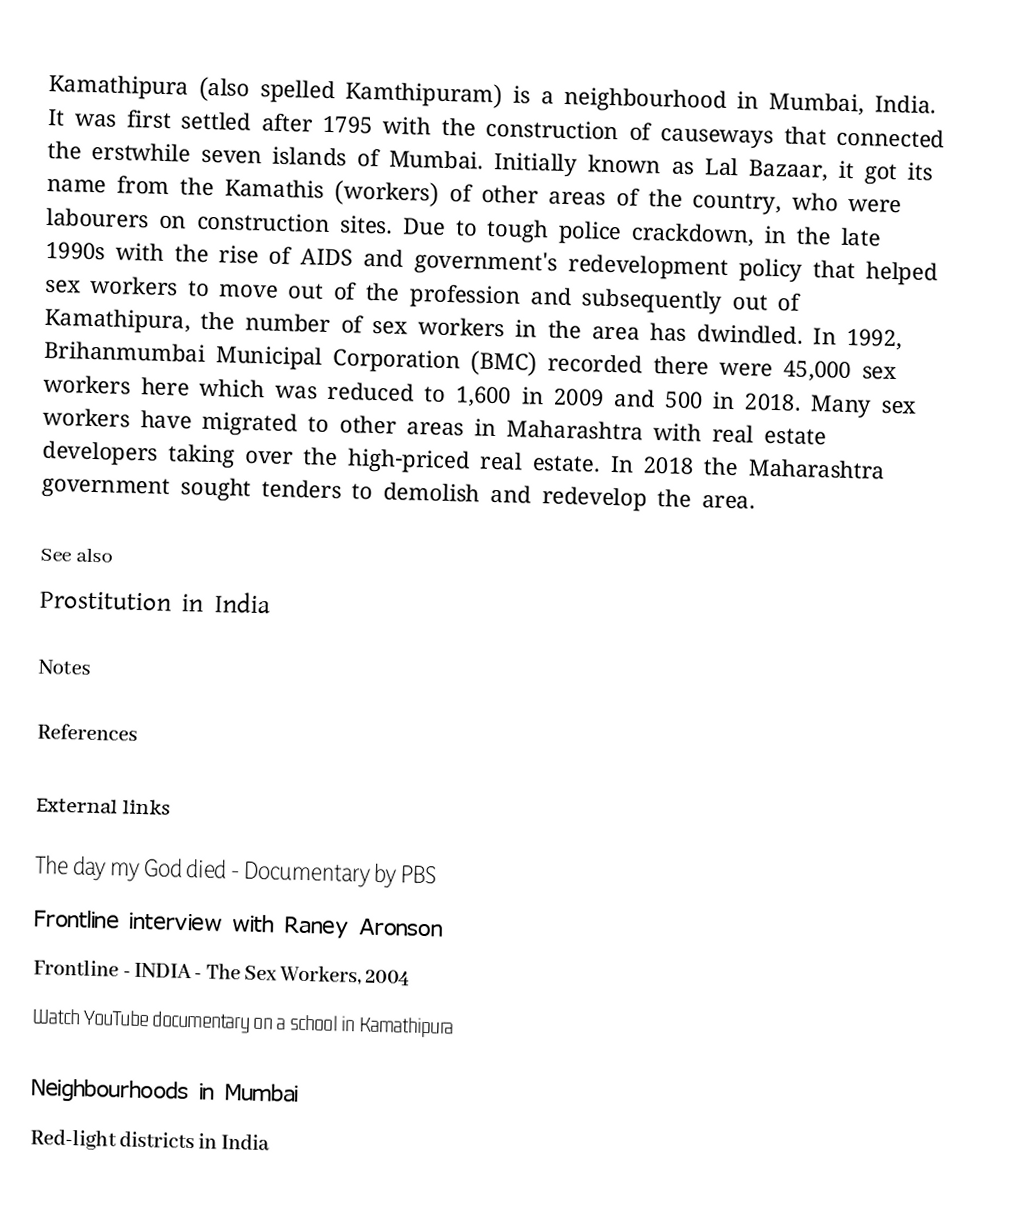
Kamathipura (also spelled Kamthipuram)  is a neighbourhood in Mumbai, India.   It was first settled after 1795 with the construction of causeways that connected the erstwhile seven islands of Mumbai. Initially known as Lal Bazaar, it got its name from the Kamathis (workers) of other areas of the country, who were labourers on construction sites. Due to tough police crackdown, in the late 1990s with the rise of AIDS and government's redevelopment policy that helped sex workers to move out of the profession and subsequently out of Kamathipura, the number of sex workers in the area has dwindled. In 1992, Brihanmumbai Municipal Corporation (BMC) recorded there were 45,000 sex workers here which was reduced to 1,600 in 2009 and 500 in 2018. Many sex workers have migrated to other areas in Maharashtra with real estate developers taking over the high-priced real estate. In 2018 the Maharashtra government sought tenders to demolish and redevelop the area.

See also
Prostitution in India

Notes

References

External links

The day my God died - Documentary by PBS
Frontline interview with Raney Aronson
Frontline - INDIA - The Sex Workers, 2004
Watch YouTube documentary on a school in Kamathipura

Neighbourhoods in Mumbai
Red-light districts in India